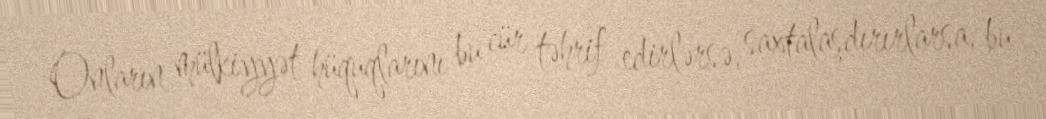
Onların mülkiyyət hüquqlarını bu cür təhrif edirlərsə, saxtalaşdırırlarsa, bu